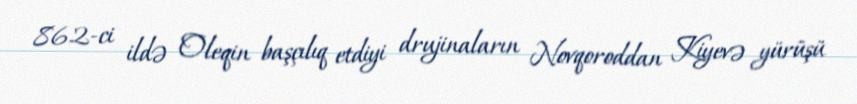
862-ci ildə Oleqin başçılıq etdiyi drujinaların Novqoroddan Kiyevə yürüşü